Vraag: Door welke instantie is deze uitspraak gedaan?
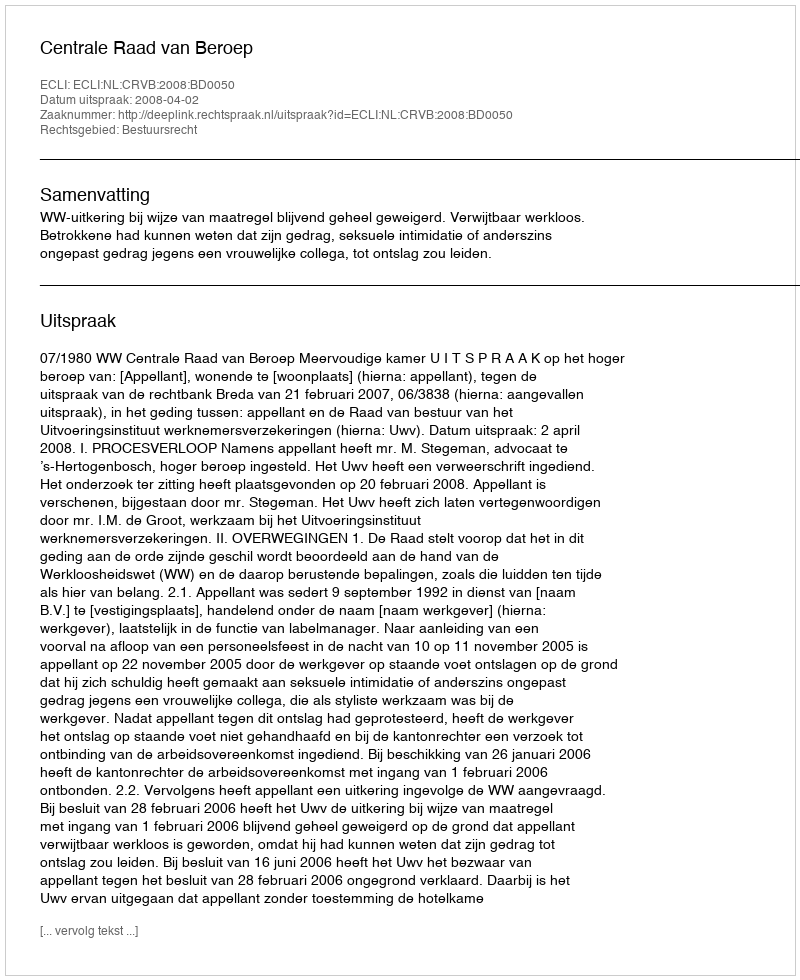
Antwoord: Centrale Raad van Beroep